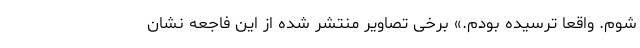
شوم. واقعا ترسیده بودم.» برخی تصاویر منتشر شده از این فاجعه نشان